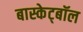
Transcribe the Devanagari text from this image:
बास्केट्बॉल